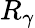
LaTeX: R_{\gamma}